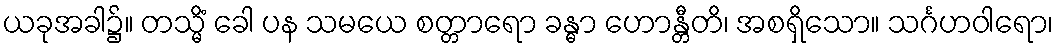
ယခုအခါ၌။ တသ္မိံ ခေါ ပန သမယေ စတ္တာရော ခန္ဓာ ဟောန္တီတိ၊ အစရှိသော။ သင်္ဂဟဝါရော၊